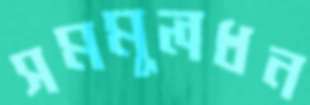
সমমূলধন